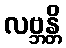
လဗ္ဘန္တိ